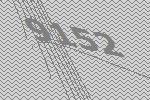
9152